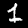
Label: 1